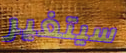
سيتغير